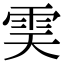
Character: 𩂉